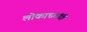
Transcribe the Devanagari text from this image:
लोकाध्यक्षः